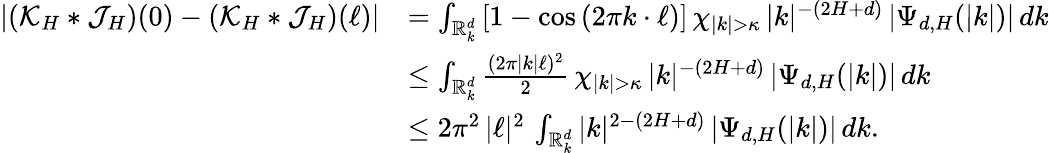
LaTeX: \begin{array}{rl}{|(\mathcal{K}_{H}\ast\mathcal{J}_{H})(0)-(\mathcal{K}_{H}\ast\mathcal{J}_{H})(\ell)|}&{=\int_{\mathbb R_{k}^{d}}\left[1-\cos\left(2\pi k\cdot\ell\right)\right]\, \chi_{|k|>\kappa}\, |k|^{-(2H+d)}\, |\Psi_{d,H}(|k|)|\, dk}\\ &{\leq\int_{\mathbb R_{k}^{d}}\frac{(2\pi|k|\ell)^{2}}{2}\, \chi_{|k|>\kappa}\, |k|^{-(2H+d)}\, |\Psi_{d,H}(|k|)|\, dk}\\ &{\leq 2\pi^{2}\, |\ell|^{2}\, \int_{\mathbb R_{k}^{d}}|k|^{2-(2H+d)}\, |\Psi_{d,H}(|k|)|\, dk.}\end{array}